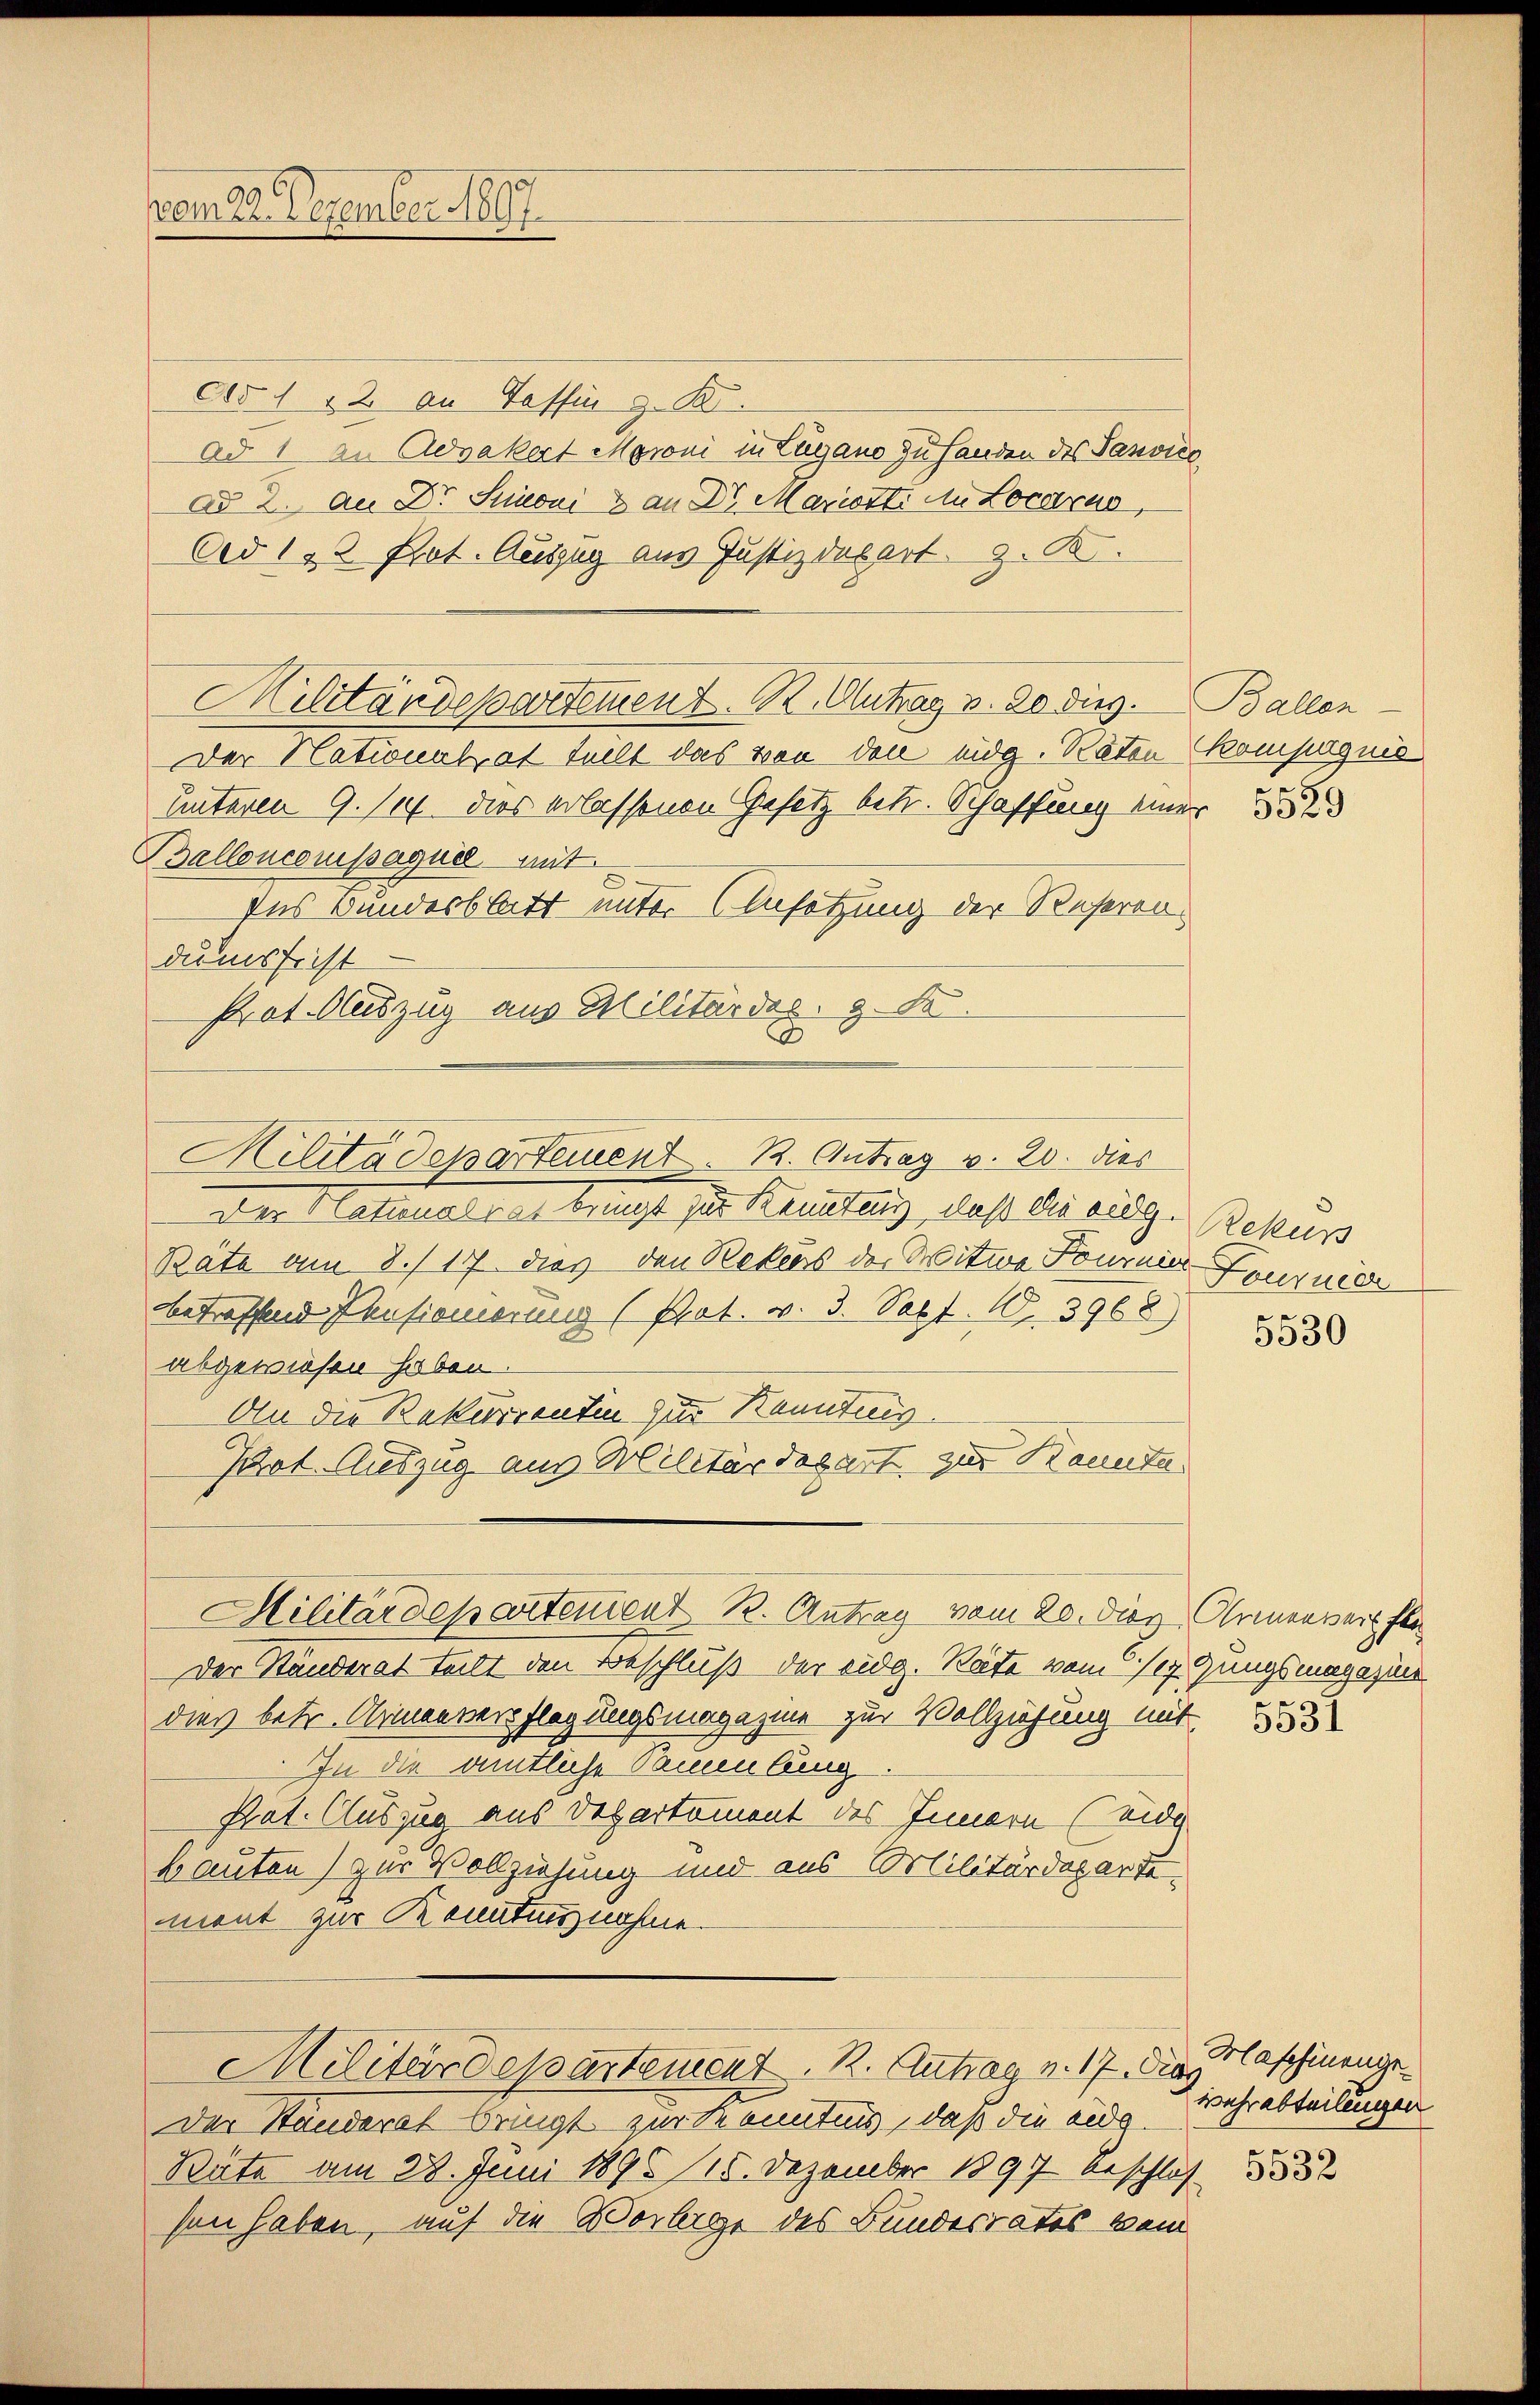
vom 22. Dezember 1807.

d.d. 112 an Tessin z. B.
Ad 1 an Advakert Moroni in Zugano zu Handen des Sanvice
ad 2. An Dr. Stoni & an Dr. Mariotti in Locarno,
Ad 1, 2 Prot. Auszug aus Justizdepart z. B.
Der Nationalrat teilt das von den eidg. Räten Kompagnis
Unteren 9. 11. dies erlassenen Gesetz betr. Schaffung einer 1852
Ballencomissaquel mit
Ins Bunderblatt unter Ansetzung der Referen
dumsfrist
Prat. Auszug aus Militärder. z. B.

Militärdepartement. K. Antrag v. 20 dies. Ballen

Hilitadepartement. R. Antrag v. 20. dies

Der Statteratent mit der Kennten, daß die ausg. Schuss
Bäte am 8./ 17. dies den Rebens der Witwe Fournier Feuquier
bbetreffend Pensionierung (Prot. v. 3. Sept. 10. 3968)
abgewiesen haben.
An die Rekurrentin zur Kenntnis
Pact. Auszug aus Militärdepart zur Raunta

Militärdepartenient R. Antrag vom 20. Diez. Armenwert Pla

Der Ständerat teilt den Beschluß der eidg. Räte vom 1/17 Gungsmagazine
dies betr. Armenverpflegungsmagazine zur Vollziehung mit
In die amtliche Sammlung.
Prat. Auszug aus Departoment des Innern (eide
bauten) zur Vollziehung und aus Militärdepartement zur Kenntinnahme.
Militärdepartement. R. Antrag v. 17. die H. Caschinengeder Standerat bringt zur Kenntnis, daß die ande¬
Räte am 28. Juni 1895 (15. Dezember 1897 beschlos 1855
sen haben, auf die Vorlage des Bundesrates bei

5530

5531

Wehrabteilungen